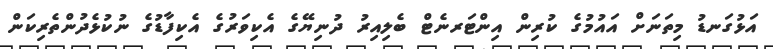
އަޅުގަނޑު މިތަނަށް އައުމުގެ ކުރިން އިންޓަރނެޓް ބެލިއިރު ދުނިޔޭގެ އެކިވަރުގެ އެކިފާޑުގެ ނުކުޅެދުންތެރިކަން